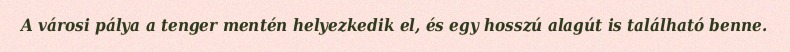
A városi pálya a tenger mentén helyezkedik el, és egy hosszú alagút is található benne.